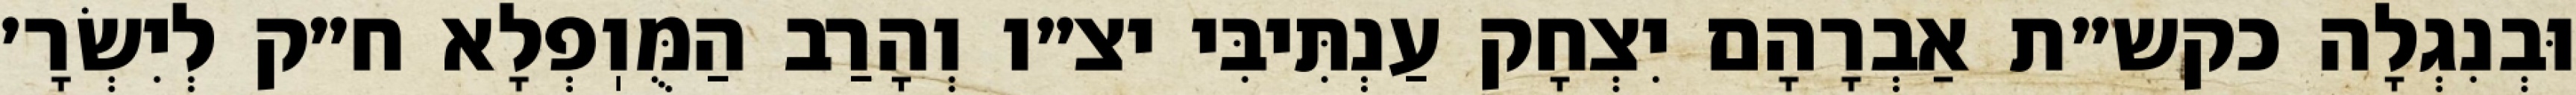
וּבְנִגְלָה כקש״ת אַבְרָהָם יִצְחָק עַנְתִּיבִּי יצ״ו וְהָרַב הַמֻּוֽפְלָא ח״ק לְיִשְׂרָ׳